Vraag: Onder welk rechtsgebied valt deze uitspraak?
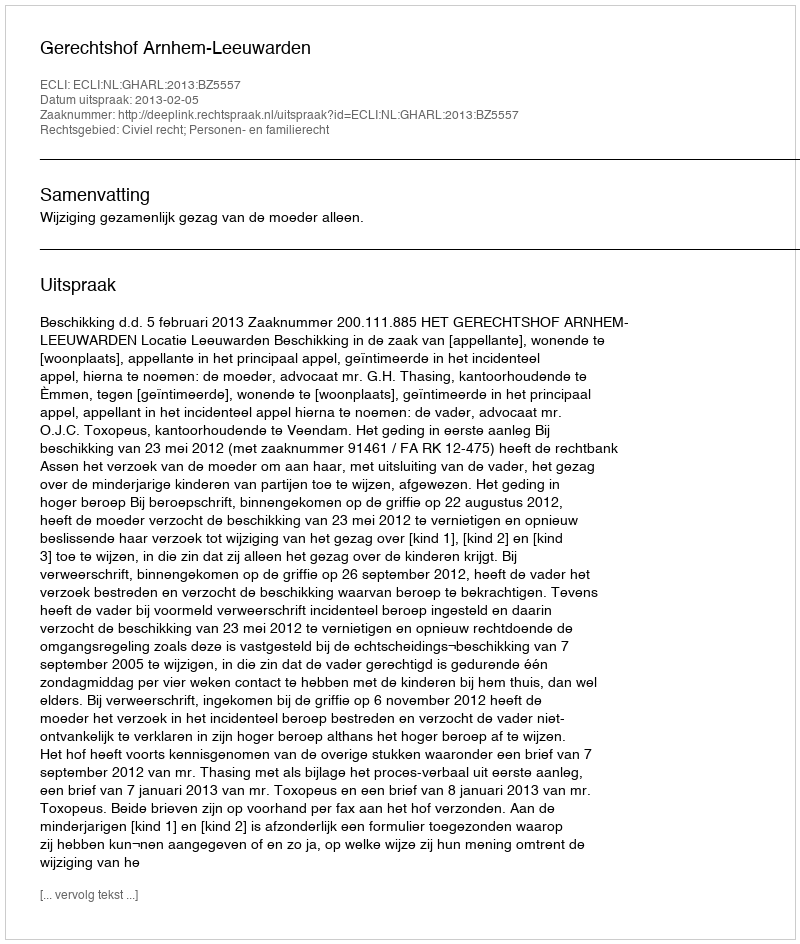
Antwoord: Civiel recht; Personen- en familierecht